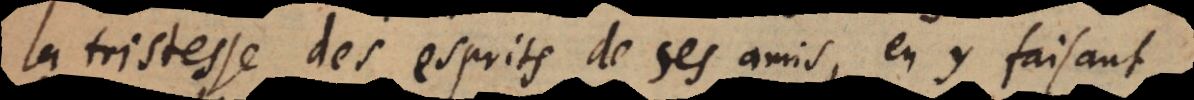
la tristesse des esprits de ses amis, en y faisant